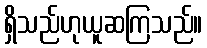
ရှိသည်ဟုယူဆကြသည်။